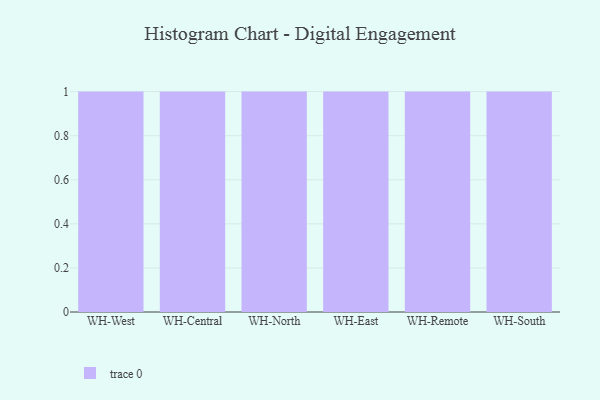
{"axis": {"x": "Warehouse", "y": "Market Share (%)"}, "legend": [""], "data": [{"x": "WH-West", "y": 12, "type": ""}, {"x": "WH-Central", "y": 34, "type": ""}, {"x": "WH-North", "y": 59, "type": ""}, {"x": "WH-East", "y": 29, "type": ""}, {"x": "WH-Remote", "y": 86, "type": ""}, {"x": "WH-South", "y": 34, "type": ""}]}